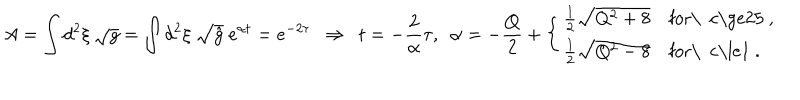
A = \int d ^ { 2 } \xi \ { \sqrt g } = \int d ^ { 2 } \xi \ { \sqrt { \hat { g } } } \ e ^ { \alpha t } = e ^ { - 2 \tau } \ \ \Rightarrow \ \ t = - { \frac { 2 } { \alpha } } \tau , \ \ \alpha = - { \frac { Q } { 2 } } + \left\{ \begin{array} { l l } { { { \frac { 1 } { 2 } } { \sqrt { Q ^ { 2 } + 8 } } } } & { { \mathrm { f o r \ ~ c \ge 2 5 ~ , } } } \\ { { { \frac { 1 } { 2 } } { \sqrt { Q ^ { 2 } - 8 } } } } & { { \mathrm { f o r \ ~ c \le 1 ~ . } } } \\ \end{array} \right.